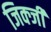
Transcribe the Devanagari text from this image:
जिक्जी